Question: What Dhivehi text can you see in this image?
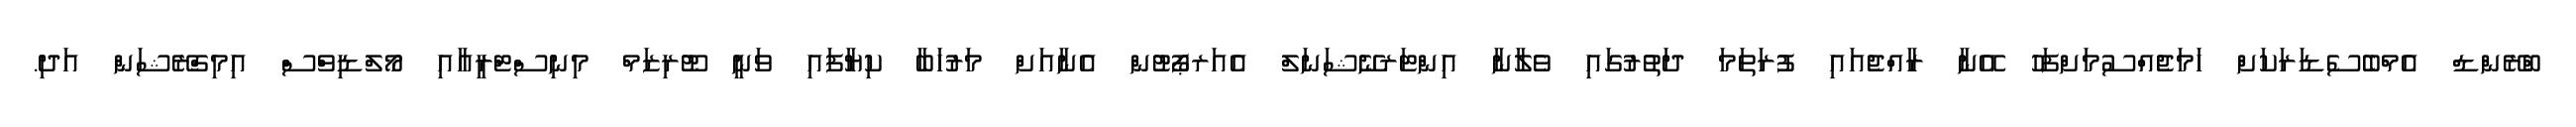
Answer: ބްރޭންޑް އެމްބެސެޑަރަކަށް ހަމަޖެއްސުމަށްފަހު އޭނާ ރާއްޖެއައި ފުރަތަމަ ދަތުރުގައި ވެލާނާ އިންޓަރނޭޝަނަލް އެއަރޕޯޓުން އެނާއަށް މަރުހަބާ ކިޔާފައި ވަނީ ޓޫރިޒަމް މިނިސްޓްރީއާއި މޯލްޑިވްސް އިމިގްރޭޝަން އަދި.